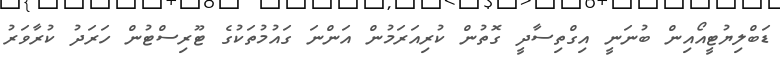
ޑަބްލިޔުޓީއޯއިން ބުނަނީ އިގްތިސާދީ ގޮތުން ކުރިއަރަމުން އަންނަ ގައުމުތަކުގެ ޓޫރިސްޓުން ހަރަދު ކުރާވަރު